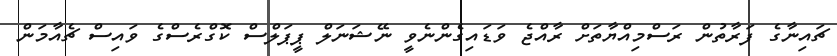
ޗައިނާގެ ފަރާތުން ރަސްމިއްޔާތަށް ރާއްޖެ ވަޑައިގެންނެވީ ނޭޝަނަލް ޕީޕަލްސް ކޮގްރެސްގެ ވައިސް ޗެއާމަން